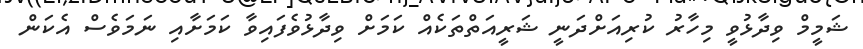
ޝަމީމް ވިދާޅުވީ މިހާރު ކުރިއަށްދަނީ ޝަރީއަތްތަކެއް ކަމަށް ވިދާޅުވެފައިވާ ކަމަށާއި ނަމަވެސް އެކަން